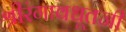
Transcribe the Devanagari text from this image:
श्रीरंगावधूतजी